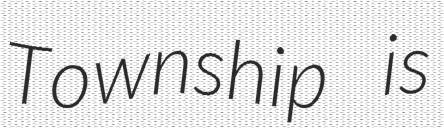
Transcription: Township is